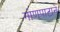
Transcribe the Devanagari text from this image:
गोणपाटाने